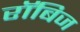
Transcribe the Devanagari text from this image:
रॉबिज